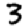
Digit: 3